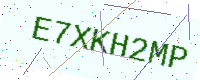
Text: E7XKH2MP